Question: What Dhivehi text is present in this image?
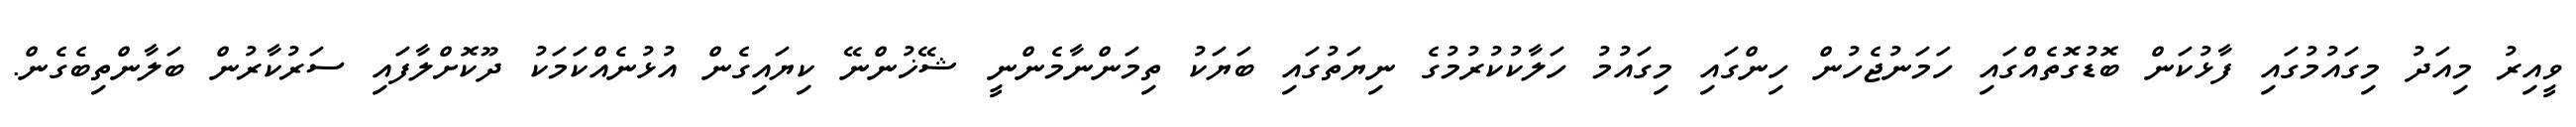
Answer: ވީއިރު މިއަދު މިގައުމުގައި ފާޅުކަން ބޮޑުގޮތެއްގައި ހަމަނުޖެހުން ހިންގައި މިގައުމު ހަލާކުކުރުމުގެ ނިޔަތުގައި ބަޔަކު ތިމަންނާމެންނީ ޝޭޚުންނޭ ކިޔައިގެން އުޅުނެއްކަމަކު ދޫކޮށްލާފައި ސަރުކާރުން ބަލާންތިބެގެން.